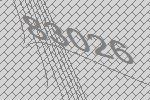
83026